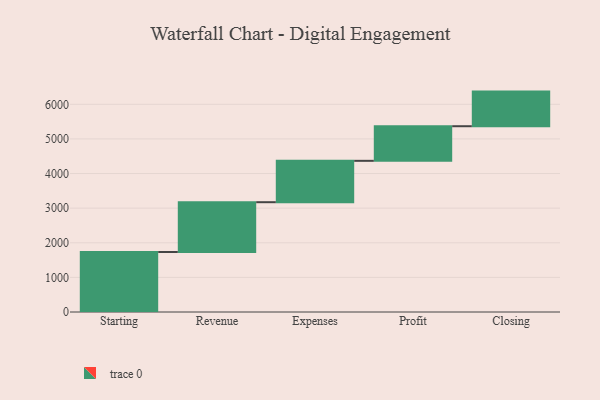
{"axis": {"x": "Step", "y": "Value"}, "legend": [""], "data": [{"x": "Starting", "y": 1734.0, "type": ""}, {"x": "Revenue", "y": 1438.0, "type": ""}, {"x": "Expenses", "y": 1195.0, "type": ""}, {"x": "Profit", "y": 1000, "type": ""}, {"x": "Closing", "y": 1000, "type": ""}]}